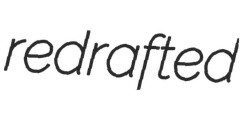
redrafted